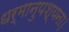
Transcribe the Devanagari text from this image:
धर्मानुपश्यना।